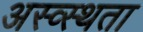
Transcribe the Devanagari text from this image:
अस्व्स्थता